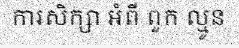
ការសិក្សា អំពី ពួក ល្មូន